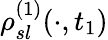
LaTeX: \rho_{sl}^{(1)}(\cdot,t_{1})